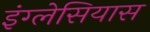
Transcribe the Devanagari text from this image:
इंग्लेसियास